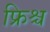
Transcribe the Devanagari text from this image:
फ्रिश्च